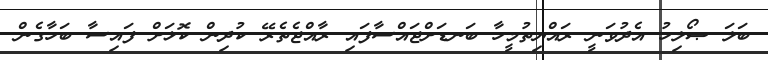
ބަލަ ޞޯލިހު އެދުވަނީ ރައްޔިތުމީހާ ބަނޑަށްޖައްސާފައި ރާއްޖެތެރޭ ކުދިން ކޮޅަށް ފައިސާ ބަހާގެން